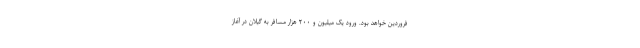
فروردین خواهد بود. ورود یک میلیون و ۲۰۰ هزار مسافر به گیلان در آغاز